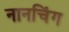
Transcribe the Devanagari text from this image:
नानचिंग